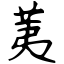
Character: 荑